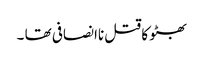
بھٹو کا قتل ناانصافی تھا ۔